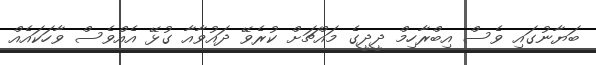
ބަޔާނުގައި ވެސް އިބްރާހިމް ދީދީގެ މައްޗަށް ކުރެވޭ ދައުވާއާ ގުޅޭ އެއްވެސް ވާހަކައެއް